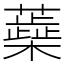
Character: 蘃